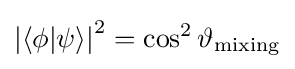
\left|\langle \phi |\psi \rangle \right|^{2}=\cos ^{2}\vartheta _{\text{mixing}}